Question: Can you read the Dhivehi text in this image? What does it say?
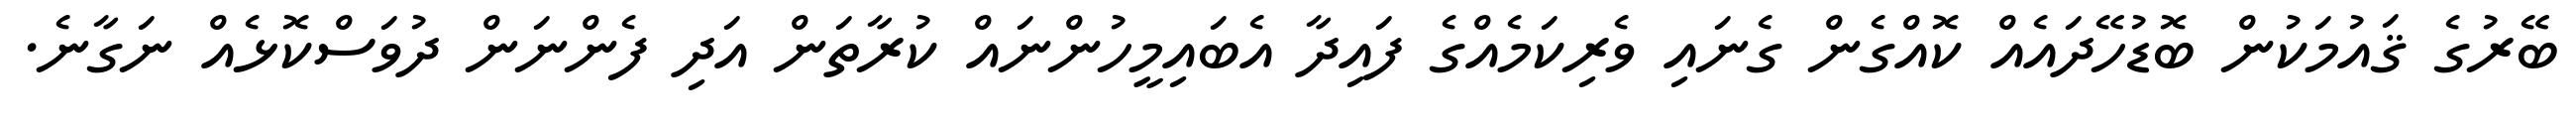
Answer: ބޭރުގެ ޤައުމަކުން ބޮޑުހޭދައެއް ކޮއްގެން ގެނައި ވެރިކަމެއްގެ ފައިދާ އެބައިމީހުންނައް ކުރާތަން އަދި ފެންނަން ދުވަސްކޮޅެއް ނަގާނެ.